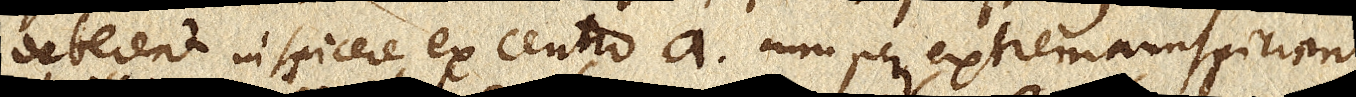
Deberent inspicere ex centro a. cum per extremam spiciant